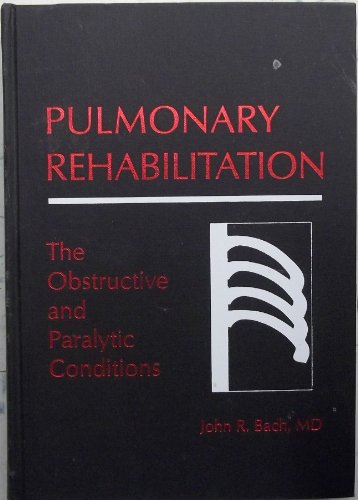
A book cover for Pulmonary Rehabilitation, 1e; John R. Bach MD; Medical Books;